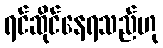
ရင်ဆိုင်နေရသည်ဟု